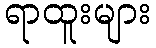
ရာထူးများ